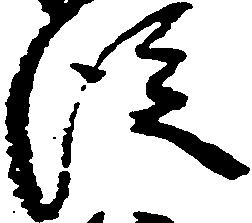
従